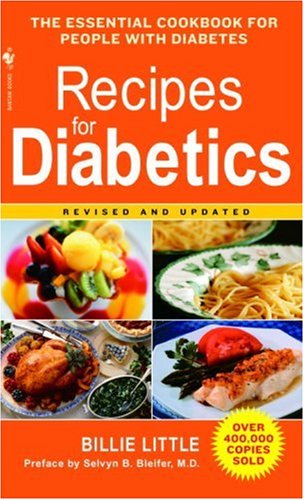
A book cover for Recipes for Diabetics: Revised and Updated; Billie Little; Cookbooks, Food & Wine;